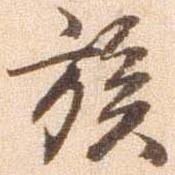
族